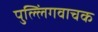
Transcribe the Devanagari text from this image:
पुल्लिंगवाचक